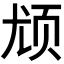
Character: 𬱔